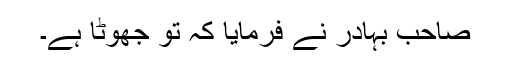
صاحب بہادر نے فرمایا کہ تو جھوٹا ہے۔